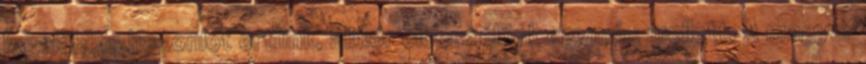
legalábbis hasonlót értünk, akkor elbeszélünk egymás mellett. A magyar